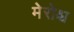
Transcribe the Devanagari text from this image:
मेरोश्च